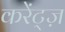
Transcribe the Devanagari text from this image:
करेंट्ज़